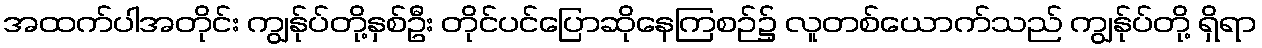
အထက်ပါအတိုင်း ကျွန်ုပ်တို့နှစ်ဦး တိုင်ပင်ပြောဆိုနေကြစဉ်၌ လူတစ်ယောက်သည် ကျွန်ုပ်တို့ ရှိရာ